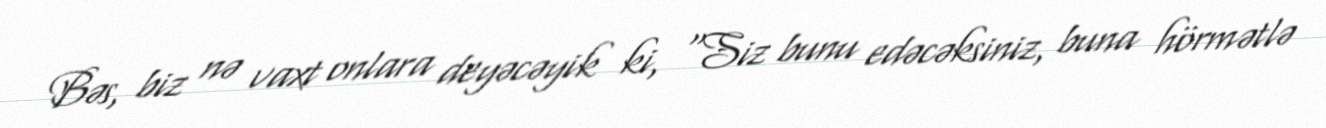
Bəs, biz nə vaxt onlara deyəcəyik ki, “Siz bunu edəcəksiniz, buna hörmətlə